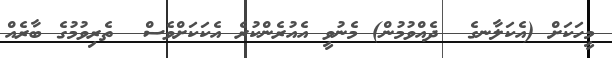
މީހަކަށް (އެކަލާނގެ  ދެއްވުމުން) މެނުވީ އެއުރެންކުރެ އެކަކަށްވެސް  ތެރިވުމުގެ ބާރެއް